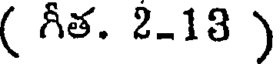
( గీత. 2-13 )